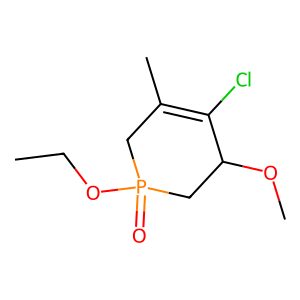
SMILES: CCOP1(=O)CC(C)=C(Cl)C(OC)C1
Inhibits HIV replication: No